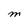
Character: m